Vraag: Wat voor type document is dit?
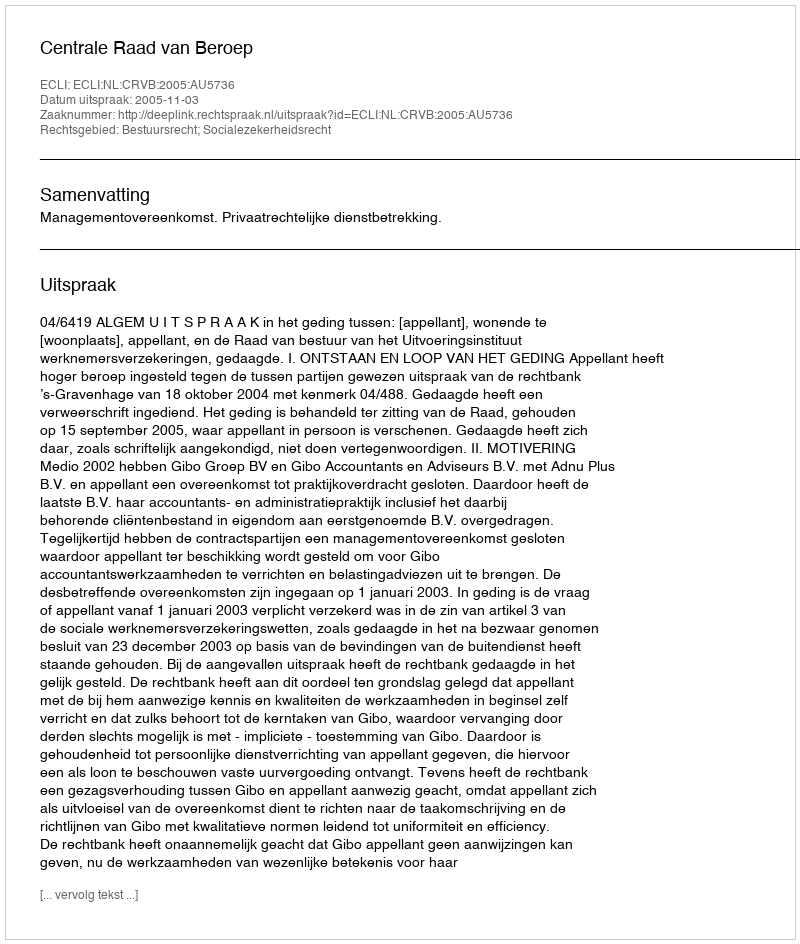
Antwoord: Uitspraak